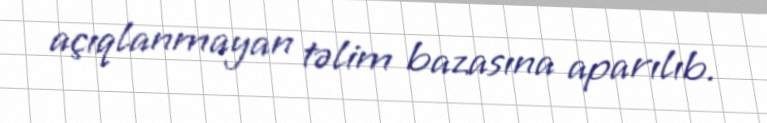
açıqlanmayan təlim bazasına aparılıb.